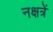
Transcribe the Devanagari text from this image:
नक्षत्रें